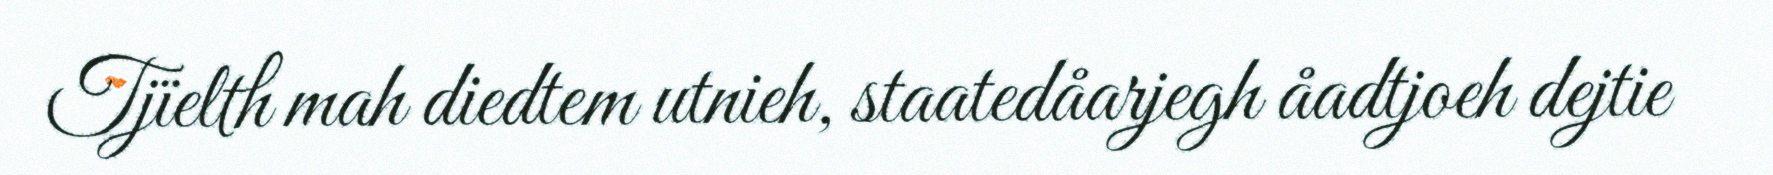
Tjïelth mah diedtem utnieh, staatedåarjegh åadtjoeh dejtie